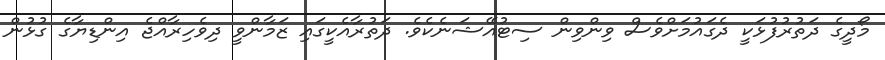
މޯދީގެ ދަތުރުފުޅަކީ ދެގައުމަށްވެސް ވިންވިން ސިޓުއޭޝަނެކެވެ. ދަތުރާއެކީގައި ޒަމާންވީ ދިވެހިރާއްޖެ އިންޑިޔާގެ ގުޅުން